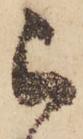
被